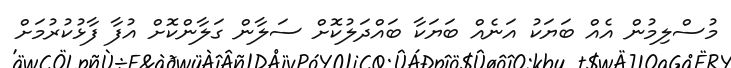
މުސްލިމުން އެއް ބަޔަކު އަނެއް ބަޔަކާ ބައްދަލުކޮށް ސަލާން ގަލާންކޮށް އުފާ ފާޅުކުރުމަށް